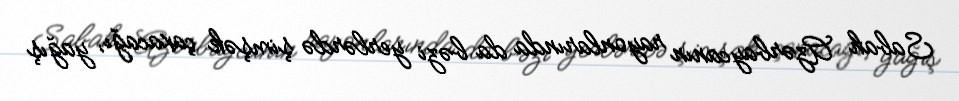
Sabah Azərbaycanın rayonlarında da bəzi yerlərdə şimşək çaxacağı, yağış